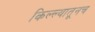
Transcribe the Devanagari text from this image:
किल्ल्यातूनच